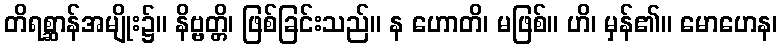
တိရစ္ဆာန်အမျိုး၌။ နိဗ္ဗတ္တိ၊ ဖြစ်ခြင်းသည်။ န ဟောတိ၊ မဖြစ်။ ဟိ၊ မှန်၏။ မောဟေန၊